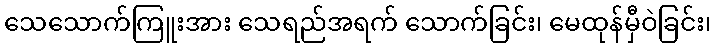
သေသောက်ကြူးအား သေရည်အရက် သောက်ခြင်း၊ မေထုန်မှီဝဲခြင်း၊